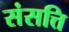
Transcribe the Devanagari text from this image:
संसत्ति